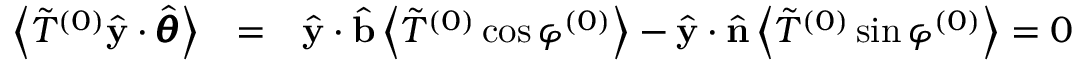
\begin{array} { r l r } { \left< \Tilde { T } ^ { ( 0 ) } \hat { \mathbf { y } } \cdot \hat { \pmb { \theta } } \right> } & { = } & { \hat { \mathbf { y } } \cdot \hat { \mathbf { b } } \left< \Tilde { T } ^ { ( 0 ) } \cos \varphi ^ { ( 0 ) } \right> - \hat { \mathbf { y } } \cdot \hat { \mathbf { n } } \left< \Tilde { T } ^ { ( 0 ) } \sin \varphi ^ { ( 0 ) } \right> = 0 } \end{array}